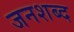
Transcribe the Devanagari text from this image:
जनशब्द